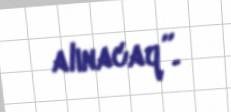
alınacaq”.